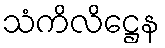
သံကိလိဋ္ဌေန